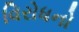
વિરોધનો